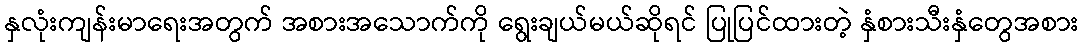
နှလုံးကျန်းမာရေးအတွက် အစားအသောက်ကို ရွေးချယ်မယ်ဆိုရင် ပြုပြင်ထားတဲ့ နှံစားသီးနှံတွေအစား